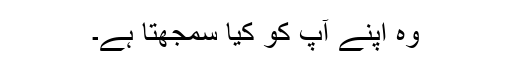
وہ اپنے آپ کو کیا سمجھتا ہے۔